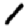
Digit: 1